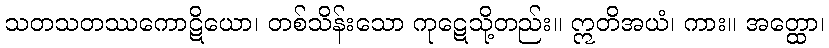
သတသတဿကောဋိယော၊ တစ်သိန်းသော ကုဋေသို့တည်း။ ဣတိအယံ၊ ကား။ အတ္ထော၊